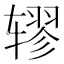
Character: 𫐖